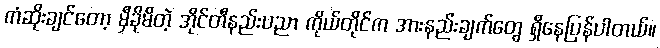
ကံဆိုးချင်တော့ မှီခိုမိတဲ့ အိုင်တီနည်းပညာ ကိုယ်တိုင်က အားနည်းချက်တွေ ရှိနေပြန်ပါတယ်။